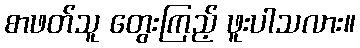
စာဖတ်သူ တွေးကြည့် ဖူးပါသလား။